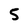
Character: 5